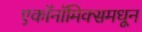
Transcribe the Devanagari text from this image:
एकॉनॉमिक्समधून